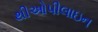
થીઓપીલાઇન